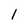
Character: 1